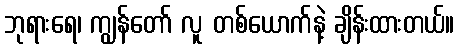
ဘုရားရေ၊ ကျွန်တော် လူ တစ်ယောက်နဲ့ ချိန်းထားတယ်။